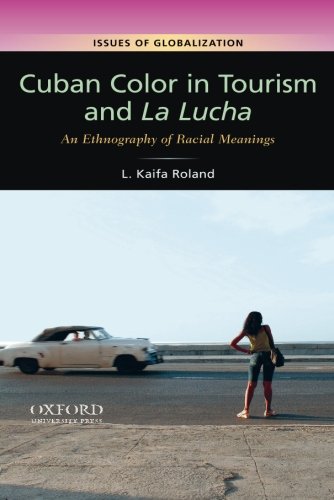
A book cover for Cuban Color in Tourism and La Lucha: An Ethnography of Racial Meanings (Issues of Globalization:Case Studies in Contemporary Anthropology); L. Kaifa Roland; History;